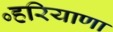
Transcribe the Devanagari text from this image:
॰हरियाणा